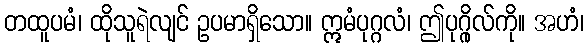
တထူပမံ၊ ထိုသူရဲလျင် ဥပမာရှိသော။ ဣမံပုဂ္ဂလံ၊ ဤပုဂ္ဂိုလ်ကို။ အဟံ၊